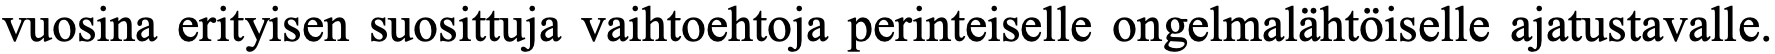
vuosina erityisen suosittuja vaihtoehtoja perinteiselle ongelmalähtöiselle ajatustavalle.